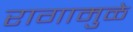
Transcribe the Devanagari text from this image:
रागामुळे